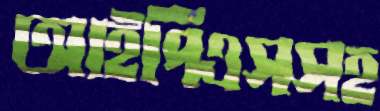
আইপিএসসহ